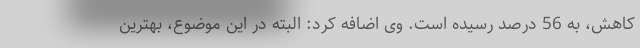
کاهش، به 56 درصد رسیده است. وی اضافه کرد: البته در این موضوع، بهترین